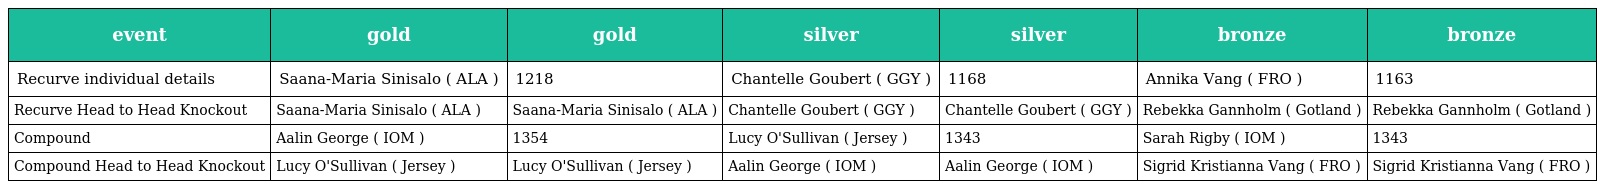
| event | gold | gold | silver | silver | bronze | bronze |
 | --- | --- | --- | --- | --- | --- | --- |
 | Recurve individual details | Saana-Maria Sinisalo ( ALA ) | 1218 | Chantelle Goubert ( GGY ) | 1168 | Annika Vang ( FRO ) | 1163 |
 | Recurve Head to Head Knockout | Saana-Maria Sinisalo ( ALA ) | Saana-Maria Sinisalo ( ALA ) | Chantelle Goubert ( GGY ) | Chantelle Goubert ( GGY ) | Rebekka Gannholm ( Gotland ) | Rebekka Gannholm ( Gotland ) |
 | Compound | Aalin George ( IOM ) | 1354 | Lucy O'Sullivan ( Jersey ) | 1343 | Sarah Rigby ( IOM ) | 1343 |
 | Compound Head to Head Knockout | Lucy O'Sullivan ( Jersey ) | Lucy O'Sullivan ( Jersey ) | Aalin George ( IOM ) | Aalin George ( IOM ) | Sigrid Kristianna Vang ( FRO ) | Sigrid Kristianna Vang ( FRO ) |